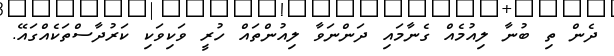
ދެން ތި ބުނާ ލިއުމެއް ގެނާމައި ދަންނަވާ ލިއުންތައް ހުރީ ވަކިވަކި ކަރުދާސްތަކެއްގައޭ.